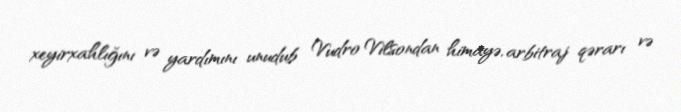
xeyirxahlığını və yardımını unudub Vudro Vilsondan himayə, arbitraj qərarı və